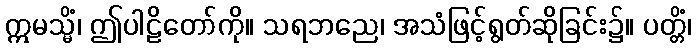
ဣမသ္မိံ၊ ဤပါဠိတော်ကို။ သရဘညေ၊ အသံဖြင့်ရွတ်ဆိုခြင်း၌။ ပတ္တိံ၊